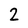
Character: 2